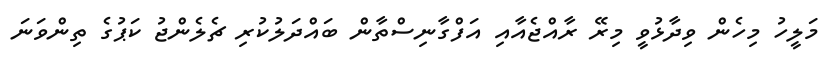
މަލީހު މިހެން ވިދާޅުވީ މިރޭ ރާއްޖެއާއި އަފްގާނިސްތާން ބައްދަލުކުރި ޗެލެންޖު ކަޕުގެ ތިންވަނަ